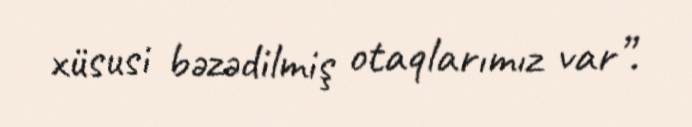
xüsusi bəzədilmiş otaqlarımız var”.